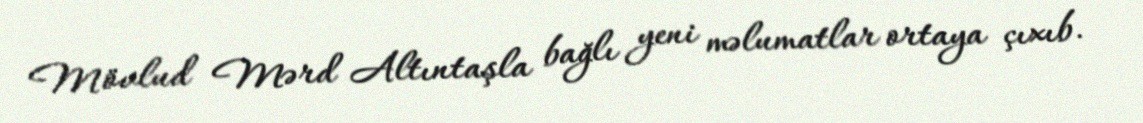
Mövlud Mərd Altıntaşla bağlı yeni məlumatlar ortaya çıxıb.